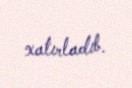
xatırladıb.